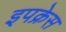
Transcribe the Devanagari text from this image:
इपक्रेस